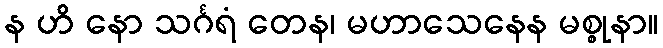
န ဟိ နော သင်္ဂရံ တေန၊ မဟာသေနေန မစ္စုနာ။